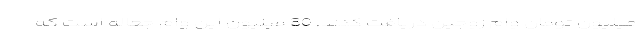
میلیون تومان وام زوجین دریافت کنند. 80 میلیون این وام جعاله است که